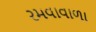
રમવાવાળા